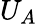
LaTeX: U_{A}